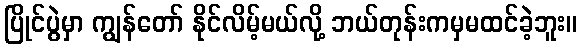
ပြိုင်ပွဲမှာ ကျွန်တော် နိုင်လိမ့်မယ်လို့ ဘယ်တုန်းကမှမထင်ခဲ့ဘူး။